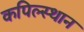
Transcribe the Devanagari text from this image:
कपिल्स्थान